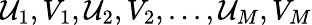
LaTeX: \mathcal{U}_{1},V_{1},\mathcal{U}_{2},V_{2},...,\mathcal{U}_{M},V_{M}